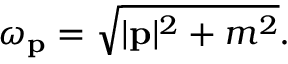
\omega _ { \mathbf { p } } = { \sqrt { | \mathbf { p } | ^ { 2 } + m ^ { 2 } } } .